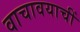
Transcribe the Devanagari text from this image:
वाचावयाचीं